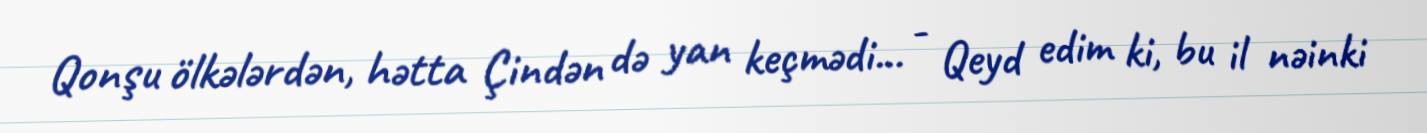
Qonşu ölkələrdən, hətta Çindən də yan keçmədi... - Qeyd edim ki, bu il nəinki